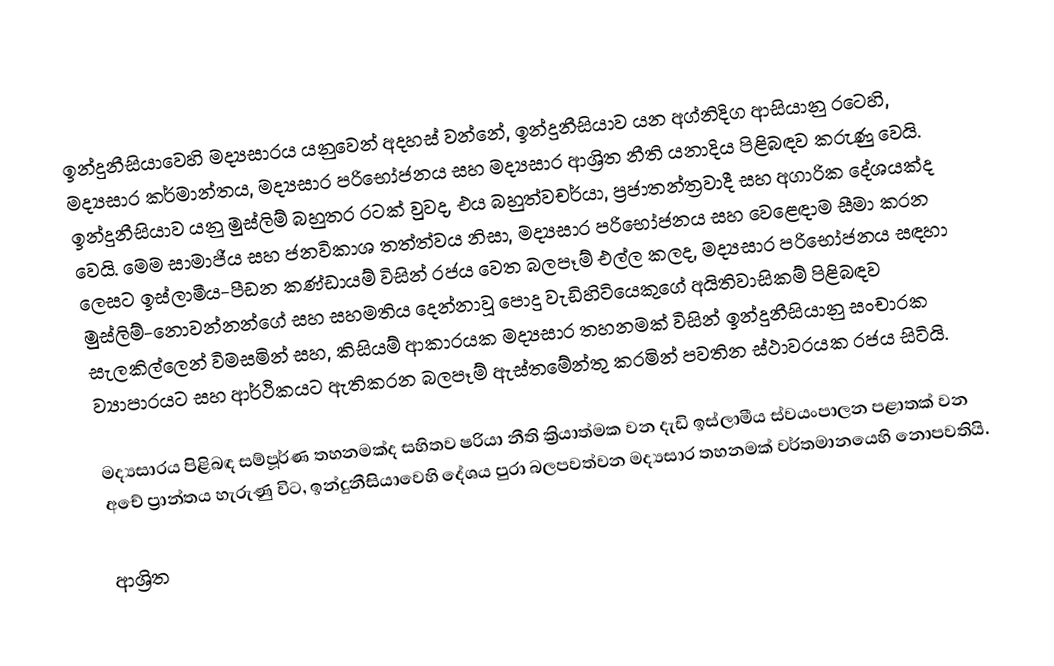
ඉන්දුනීසියාවෙහි මද්‍යසාරය යනුවෙන් අදහස් වන්නේ,  ඉන්දුනීසියාව යන අග්නිදිග ආසියානු රටෙහි, මද්‍යසාර කර්මාන්තය, මද්‍යසාර  පරිභෝජනය සහ මද්‍යසාර ආශ්‍රිත නීති යනාදිය පිළිබඳව කරුණු වෙයි. ඉන්දුනීසියාව යනු  මුස්ලිම් බහුතර රටක් වුවද, එය බහුත්වචර්යා, ප්‍රජාතන්ත්‍රවාදී සහ අගාරික දේශයක්ද වෙයි. මෙම සාමාජීය සහ ජනවිකාශ තත්ත්වය නිසා, මද්‍යසාර පරිභෝජනය සහ වෙළෙඳාම සීමා කරන ලෙසට  ඉස්ලාමීය-පීඩන කණ්ඩායම් විසින්  රජය වෙත බලපෑම් එල්ල කලද, මද්‍යසාර පරිභෝජනය සඳහා මුස්ලිම්-නොවන්නන්ගේ සහ සහමතිය දෙන්නාවූ පොදු වැඩිහිටියෙකුගේ අයිතිවාසිකම් පිළිබඳව සැලකිල්ලෙන් විමසමින් සහ,  කිසියම් ආකාරයක මද්‍යසාර තහනමක් විසින් ඉන්දුනීසියානු සංචාරක ව්‍යාපාරයට සහ  ආර්ථිකයට ඇතිකරන බලපෑම් ඇස්තමේන්තු කරමින් පවතින ස්ථාවරයක රජය සිටියි.

මද්‍යසාරය පිළිබඳ සම්පූර්ණ තහනමක්ද සහිතව ෂරියා නීති ක්‍රියාත්මක වන දැඩි ඉස්ලාමීය ස්වයංපාලන පළාතක් වන  අචේ ප්‍රාන්තය හැරුණු විට,   ඉන්දුනීසියාවෙහි දේශය පුරා බලපවත්වන මද්‍යසාර තහනමක් වර්තමානයෙහි නොපවතියි.

ආශ්‍රිත